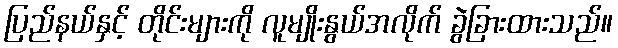
ပြည်နယ်နှင့် တိုင်းများကို လူမျိုးနွယ်အလိုက် ခွဲခြားထားသည်။